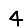
Digit: 4